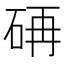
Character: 𮵏